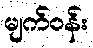
မျက်ဝန်း